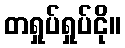
တရှုပ်ရှုပ်ငို။